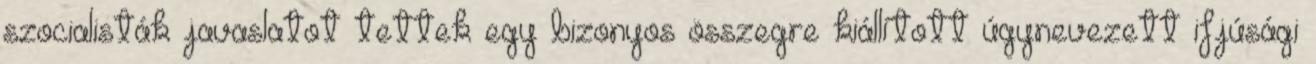
szocialisták javaslatot tettek egy bizonyos összegre kiállított úgynevezett ifjúsági